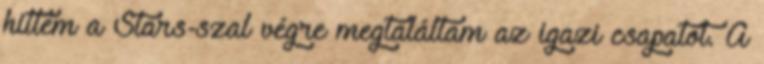
hittem a Stars-szal végre megtaláltam az igazi csapatot. A